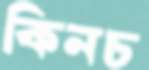
কিনচ